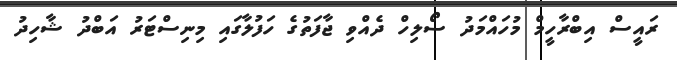
ރައީސް އިބްރާހީމް މުހައްމަދު ސޯލިހް ދެއްވި ޖާފަތުގެ ހަފުލާގައި މިނިސްޓަރު އަބްދު ޝާހިދު